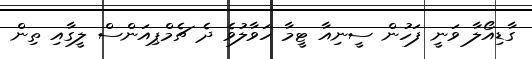
ގާޑިއޯލާ ވަނީ ފަހުން ސީނިއާ ޓީމާ ހަވާލުވެ ދެ ޗެމްޕިއަންސް ލީގާއި ތިން